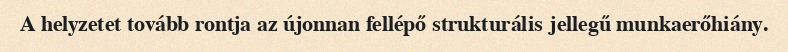
A helyzetet tovább rontja az újonnan fellépő strukturális jellegű munkaerőhiány.